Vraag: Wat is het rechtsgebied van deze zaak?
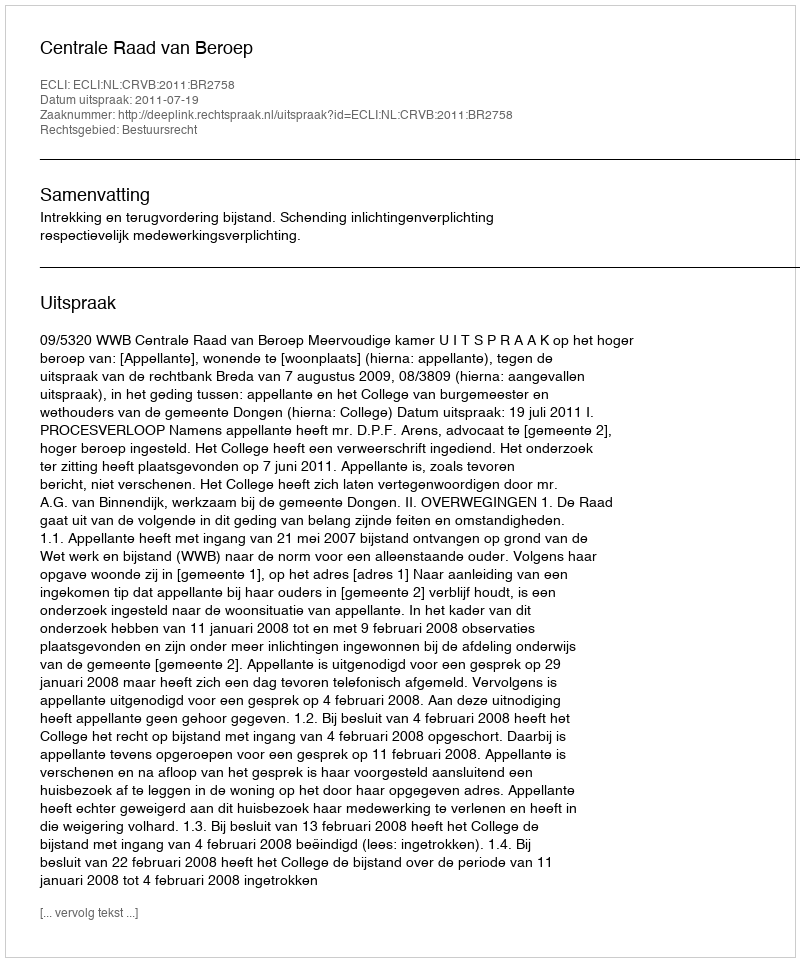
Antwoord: Bestuursrecht